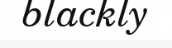
blackly